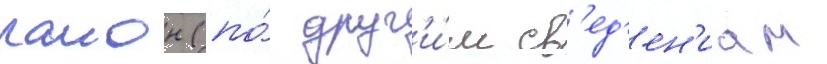
раион (по́ друг'и́м св'ед'ен'иам